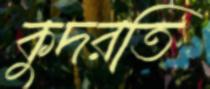
কুদরতি